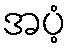
အပံ့